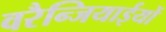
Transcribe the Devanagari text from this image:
वरैन्जियाईयों